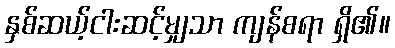
နှစ်ဆယ့်ငါးဆင့်မျှသာ ကျန်စရာ ရှိ၏။